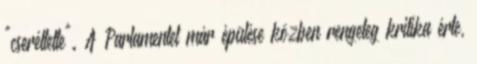
"cseréltette". A Parlamentet már épülése közben rengeteg kritika érte,